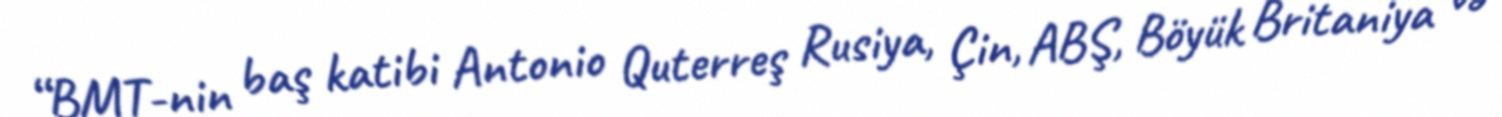
“BMT-nin baş katibi Antonio Quterreş Rusiya, Çin, ABŞ, Böyük Britaniya və